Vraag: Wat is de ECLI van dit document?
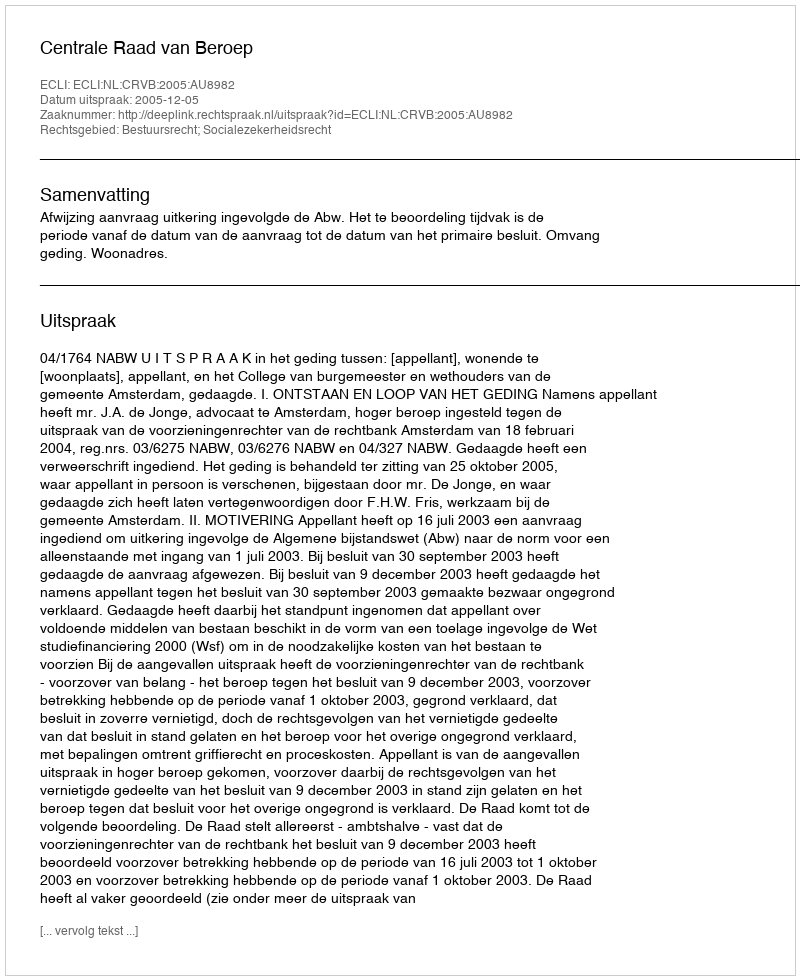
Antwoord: ECLI:NL:CRVB:2005:AU8982